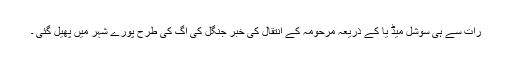
رات سے ہی سوشل میڈ یا کے ذریعہ مرحومہ کے انتقال کی خبر جنگل کی آگ کی طرح پورے شہر میں پھیل گئی ۔